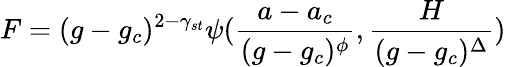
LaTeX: F=(g-g_{c})^{2-\gamma_{st}}\psi({\frac{a-a_{c}}{(g-g_{c})^{\phi}}},{\frac{H}{(g-g_{c})^{\Delta}}})